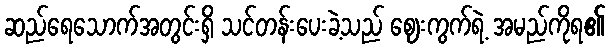
ဆည်ရေသောက်အတွင်းရှိ သင်တန်းပေးခဲ့သည် ဈေးကွက်ရဲ့ အမည်ကိုရ၏